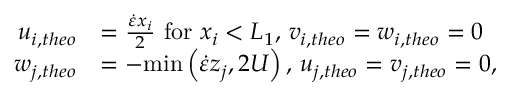
\begin{array} { r l } { u _ { i , t h e o } } & { = \frac { \dot { \varepsilon } x _ { i } } { 2 } \mathrm { ~ f o r ~ } x _ { i } < L _ { 1 } \mathrm { , ~ } v _ { i , t h e o } = w _ { i , t h e o } = 0 } \\ { w _ { j , t h e o } } & { = - \mathrm { m i n } \left( \dot { \varepsilon } z _ { j } , 2 U \right) \mathrm { , ~ } u _ { j , t h e o } = v _ { j , t h e o } = 0 , } \end{array}